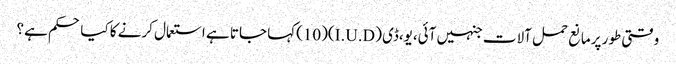
وقتی طور پرمانع حمل آلات جنہیں آئی،یو،ڈی (I.U.D)(10)کہا جاتا ہے استعمال کرنے کا کیا حکم ہے؟